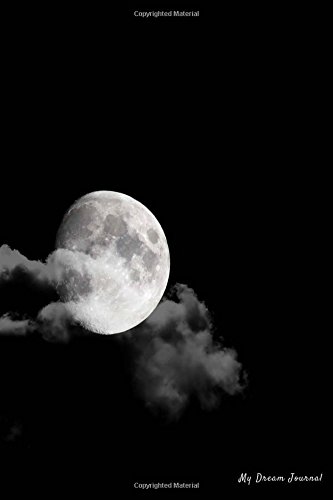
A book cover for My Dream Journal: Moon in Night, 6 x 9, 100 Nights of Dreams Diary; My Dream Journal; Health, Fitness & Dieting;